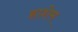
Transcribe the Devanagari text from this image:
हाशेम